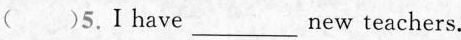
( )5.I have___ new teachers.